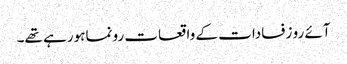
آئے رو زفسادات کے واقعات رونما ہورہے تھے۔